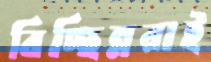
বিচ্ছিন্নরাই